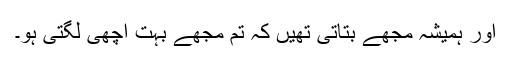
اور ہمیشہ مجھے بتاتی تھیں کہ تم مجھے بہت اچھی لگتی ہو۔